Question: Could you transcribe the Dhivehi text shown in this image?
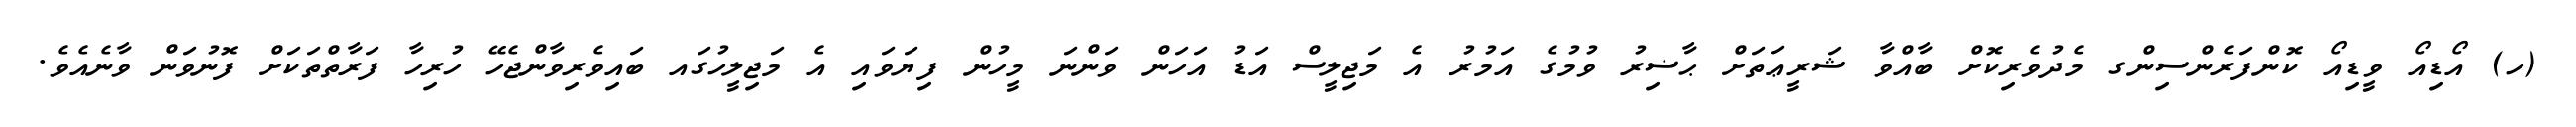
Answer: (ހ) އޯޑިއޯ ވީޑިއޯ ކޮންފަރެންސިންގ މެދުވެރިކޮށް ބާއްވާ ޝަރީޢަތަށް ޙާޟިރު ވުމުގެ އަމުރު އެ މަޖިލީސް އަޑު އަހަން ވަންނަ މީހުން ފިޔަވައި އެ މަޖިލީހުގައ ބައިވެރިވާންޖެހޭ ހުރިހާ ފަރާތްތަކަށް ފޮނުވަން ވާނެއެވެ.